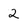
Character: 2